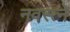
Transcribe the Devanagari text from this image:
नवरत्ने